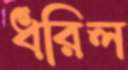
ধরিল